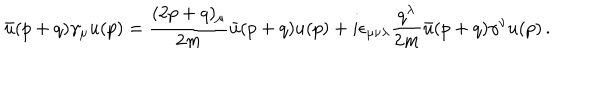
LaTeX: \bar { u } ( p + q ) \gamma _ { \mu } u ( p ) = \frac { ( 2 p + q ) _ { \mu } } { 2 m } \bar { u } ( p + q ) u ( p ) + i \epsilon _ { \mu \nu \lambda } \frac { q ^ { \lambda } } { 2 m } \bar { u } ( p + q ) \gamma ^ { \nu } u ( p ) \, .